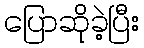
ပြောဆိုခဲ့ပြီး